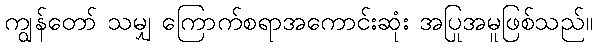
ကျွန်တော် သမျှ ကြောက်စရာအကောင်းဆုံး အပြုအမူဖြစ်သည်။